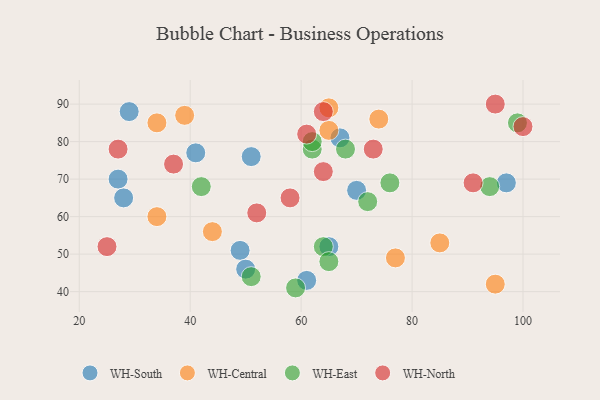
{"axis": {"x": "GDP", "y": "Life Expectancy"}, "legend": ["WH-Central", "WH-East", "WH-North", "WH-South"], "data": [{"x": "97", "y": 69, "type": "WH-South"}, {"x": "61", "y": 43, "type": "WH-South"}, {"x": "27", "y": 70, "type": "WH-South"}, {"x": "51", "y": 76, "type": "WH-South"}, {"x": "65", "y": 52, "type": "WH-South"}, {"x": "28", "y": 65, "type": "WH-South"}, {"x": "49", "y": 51, "type": "WH-South"}, {"x": "70", "y": 67, "type": "WH-South"}, {"x": "41", "y": 77, "type": "WH-South"}, {"x": "67", "y": 81, "type": "WH-South"}, {"x": "29", "y": 88, "type": "WH-South"}, {"x": "50", "y": 46, "type": "WH-South"}, {"x": "65", "y": 89, "type": "WH-Central"}, {"x": "34", "y": 85, "type": "WH-Central"}, {"x": "34", "y": 60, "type": "WH-Central"}, {"x": "44", "y": 56, "type": "WH-Central"}, {"x": "65", "y": 83, "type": "WH-Central"}, {"x": "39", "y": 87, "type": "WH-Central"}, {"x": "77", "y": 49, "type": "WH-Central"}, {"x": "74", "y": 86, "type": "WH-Central"}, {"x": "85", "y": 53, "type": "WH-Central"}, {"x": "95", "y": 42, "type": "WH-Central"}, {"x": "68", "y": 78, "type": "WH-East"}, {"x": "59", "y": 41, "type": "WH-East"}, {"x": "42", "y": 68, "type": "WH-East"}, {"x": "62", "y": 78, "type": "WH-East"}, {"x": "64", "y": 52, "type": "WH-East"}, {"x": "76", "y": 69, "type": "WH-East"}, {"x": "94", "y": 68, "type": "WH-East"}, {"x": "51", "y": 44, "type": "WH-East"}, {"x": "65", "y": 48, "type": "WH-East"}, {"x": "62", "y": 80, "type": "WH-East"}, {"x": "72", "y": 64, "type": "WH-East"}, {"x": "99", "y": 85, "type": "WH-East"}, {"x": "100", "y": 84, "type": "WH-North"}, {"x": "25", "y": 52, "type": "WH-North"}, {"x": "73", "y": 78, "type": "WH-North"}, {"x": "64", "y": 88, "type": "WH-North"}, {"x": "52", "y": 61, "type": "WH-North"}, {"x": "95", "y": 90, "type": "WH-North"}, {"x": "27", "y": 78, "type": "WH-North"}, {"x": "64", "y": 72, "type": "WH-North"}, {"x": "58", "y": 65, "type": "WH-North"}, {"x": "61", "y": 82, "type": "WH-North"}, {"x": "91", "y": 69, "type": "WH-North"}, {"x": "37", "y": 74, "type": "WH-North"}]}